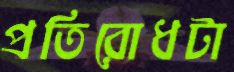
প্রতিরোধটা